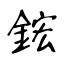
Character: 鋐